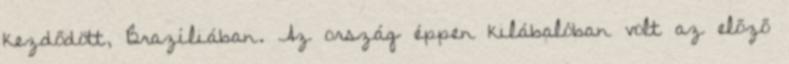
kezdődött, Brazíliában. Az ország éppen kilábalóban volt az előző